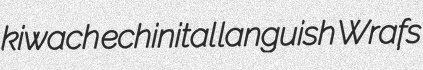
kiwach echinital languish Wrafs